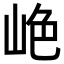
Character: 𫵺